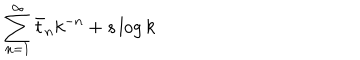
LaTeX: \sum _ { n = 1 } ^ { \infty } \bar { t } _ { n } k ^ { - n } + s \log k